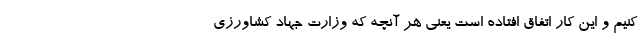
کنیم و این کار اتفاق افتاده است یعنی هر آنچه که وزارت جهاد کشاورزی